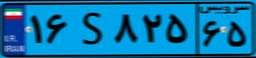
۱۶S۸۲۵۶۵